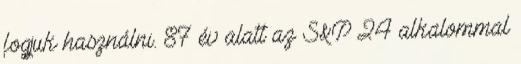
fogjuk használni. 87 év alatt az S&P 24 alkalommal